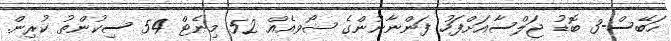
ހަބޭސް-3 ބޮޑު ޖަލްސާއަށްފަހު ފަންނާނުންގެ ޝޯވއެއް 52 މިނެޓް 54 ސިކުންތު ކުރިން.